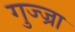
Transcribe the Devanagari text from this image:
गुज्ज्रा